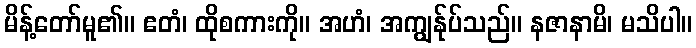
မိန့်တော်မူ၏။ ဧတံ၊ ထိုစကားကို။ အဟံ၊ အကျွန်ုပ်သည်။ နဇာနာမိ၊ မသိပါ။